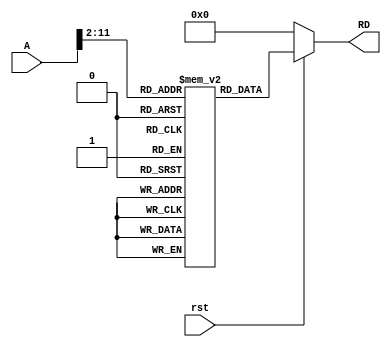
module Instruction_Memory(rst,A,RD);

  input rst;
  input [31:0]A;
  output [31:0]RD;

  reg [31:0] mem [1023:0];
  
  assign RD = (~rst) ? {32{1'b0}} : mem[A[31:2]];

//   initial begin
//     $readmemh("memfile.hex",mem);
//   end



  initial begin
    //mem[0] = 32'hFFC4A303;
    //mem[1] = 32'h00832383;
    // mem[0] = 32'h0064A423;
    // mem[1] = 32'h00B62423;
    //mem[0] = 32'h0062E233;
    // mem[1] = 32'h00B62423;
     mem[0] = 32'h0062E233;   //OR  0000_0000_0110_0010_1110_0010_0011_0011   //F3 -110 ->OR   // OR X4,X5,X6
    mem[1] = 32'h00B67433;   //AND    0000_0000_1011_0110_0111_0100_0011_0011   //F3 -010 ->AND   // AND X8,X12,X11
    mem[2] = 32'h00B60933;   //ADD    0000_0000_1011_0110_0111_0100_0011_0011   //F3 -000 ->ADD   // ADD X8,X12,X11
    mem[3] = 32'h41390433;   //SUB    0100_0001_0011_1001_0000_0100_0011_0011   //F3 -000 ->SUB   // SUB X8,X18,X19
    mem[4] = 32'h015A4433;   //XOR    0000_0001_0101_1010_0100_0100_0011_0011   //F3 -100 ->XOR   // XOR X8,X21,X20
    mem[5] = 32'h017B2433;   //SLT    0000_0001_0111_1011_0010_0100_0011_0011   //F3 -010 ->SLT   // SLT X8,X23,X22


  end

endmodule